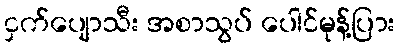
ငှက်ပျောသီး အစာသွပ် ပေါင်မုန့်ပြား